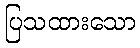
ပြသထားသော